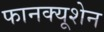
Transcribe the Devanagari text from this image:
फानक्यूशेन